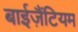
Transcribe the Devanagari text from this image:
बाईज़ैंटियम